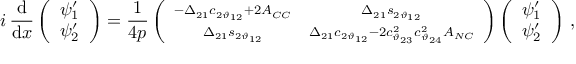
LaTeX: i \, \frac { \mathrm { d } } { \mathrm { d } x } \left( \begin{array} { c } { { \psi _ { 1 } ^ { \prime } } } \\ { { \psi _ { 2 } ^ { \prime } } } \end{array} \right) = \frac { 1 } { 4 p } \left( \begin{array} { c c } { { \scriptstyle - \Delta _ { 2 1 } c _ { 2 \vartheta _ { 1 2 } } + 2 A _ { C C } } } & { { \scriptstyle \Delta _ { 2 1 } s _ { 2 \vartheta _ { 1 2 } } } } \\ { { \scriptstyle \Delta _ { 2 1 } s _ { 2 \vartheta _ { 1 2 } } } } & { { \scriptstyle \Delta _ { 2 1 } c _ { 2 \vartheta _ { 1 2 } } - 2 c _ { \vartheta _ { 2 3 } } ^ { 2 } c _ { \vartheta _ { 2 4 } } ^ { 2 } A _ { N C } } } \end{array} \right) \left( \begin{array} { c } { { \psi _ { 1 } ^ { \prime } } } \\ { { \psi _ { 2 } ^ { \prime } } } \end{array} \right) \, ,